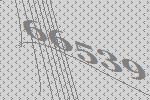
66539